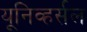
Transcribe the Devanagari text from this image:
यूनिव्हर्सल